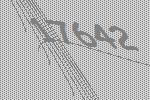
17642